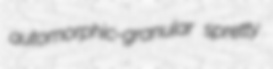
automorphic-granular spretty